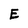
Character: E